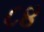
૮૪